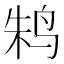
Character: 𱉫